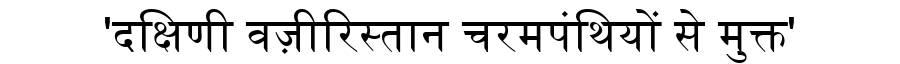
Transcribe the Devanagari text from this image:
'दक्षिणी वज़ीरिस्तान चरमपंथियों से मुक्त'